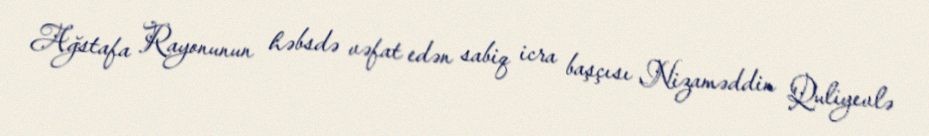
Ağstafa Rayonunun həbsdə vəfat edən sabiq icra başçısı Nizaməddin Quliyevlə